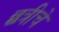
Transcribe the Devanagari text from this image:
छत्रीचे